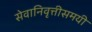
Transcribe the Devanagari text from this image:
सेवानिवृत्तीसमयी